Annual report of lunatic asylums [Bombay] - 1912-1922
Year: 1912
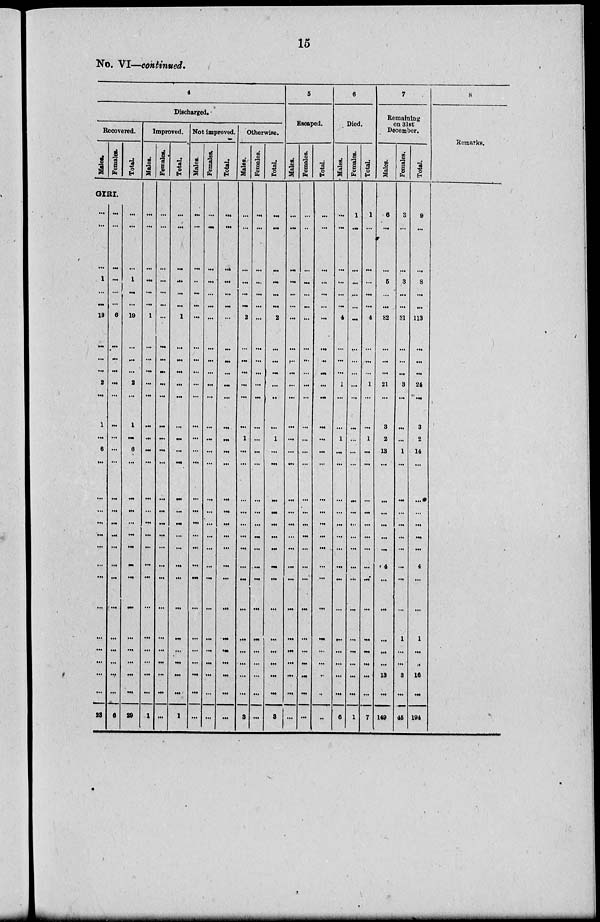
15
No. VI—continued.
4
Discharged.
Recovered.
Males.
Females.
Total.
GIRI.
...
...
...
1
...
...
13
...
...
...
2
...
1
...
6
...
...
...
...
...
...
...
...
...
...
...
...
...
...
23
...
...
...
. ..
...
...
6
...
...
...
...
...
...
...
...
...
...
...
...
...
. ..
...
...
. ..
...
...
...
...
6
...
...
1
...
...
19
...
...
...
2
1
...
6
...
...
...
...
...
...
...
...
...
...
...
...
...
...
29
Improved.
Males.
...
...
...
...
...
...
1
...
...
...
...
...
...
..
...
...
. ..
...
. ..
...
...
...
. ..
...
...
. ..
...
. ..
...
1
Females.
...
...
...
...
...
...
...
...
...
...
...
...
...
...
...
...
...
...
...
...
...
...
...
...
...
...
...
...
. ..
Total.
...
...
...
...
...
...
1
...
...
...
...
...
...
...
...
...
...
...
...
...
...
...
...
. ..
...
...
...
...
...
1
Not improved.
Males.
...
...
...
..
...
...
...
...
...
...
...
...
...
...
...
...
...
...
...
...
...
...
...
...
...
...
...
...
...
Females.
...
...
...
...
...
...
...
...
...
...
...
...
...
...
...
...
...
...
...
...
...
...
...
...
...
. ..
...
...
Total.
...
...
...
...
...
...
...
...
...
...
...
...
...
...
...
...
...
...
...
...
...
. ..
...
...
...
...
...
...
...
...
Otherwise.
Males.
...
...
...
...
...
2
...
...
...
...
...
...
1
...
...
...
...
...
...
...
...
...
...
. ..
...
...
...
...
3
Females.
...
...
...
. ..
. ..
. ..
...
...
...
...
. ..
...
...
...
...
...
...
...
...
...
...
....
...
...
...
...
...
...
...
...
Total.
...
...
...
...
...
...
2
...
...
...
...
..
...
1
...
...
...
...
...
...
...
...
...
...
...
...
...
...
...
3
5
Escaped.
Males.
...
...
...
...
...
...
...
...
...
...
...
...
...
...
...
...
...
...
...
...
...
...
...
...
...
...
...
...
...
...
Females.
...
...
...
...
...
...
...
...
...
. ..
...
...
...
...
...
...
...
...
...
...
...
...
...
...
...
...
...
Total.
...
...
...
...
...
...
...
...
...
...
...
...
...
...
...
...
...
...
...
...
...
...
...
...
...
...
...
...
...
...
6
Died.
Males.
...
...
. ..
...
...
...
4
...
. ..
. ..
1
. ..
. ..
1
...
...
...
...
...
...
...
...
...
...
...
...
...
...
...
6
Females.
1
...
. ..
...
...
...
...
. ..
...
...
...
. ..
...
...
...
...
...
...
...
...
...
...
...
...
...
...
...
...
...
1
Total.
1
...
....
...
...
...
4
...
...
...
1
...
. ..
1
...
...
...
...
...
. ..
. ..
...
...
...
...
...
...
...
...
7
7
Remaining
on 31st
December.
Males.
6
...
...
5
...
...
82
...
. ..
...
21
...
3
2
13
. ..
...
...
...
...
...
4
...
...
...
...
...
13
...
149
Females.
3
...
...
3
...
. ..
31
. ..
...
...
3
...
...
...
1
...
...
...
...
...
...
...
...
...
1
...
...
3
...
45
Total.
9
...
. ..
8
...
...
113
...
...
...
24
...
3
2
14
...
...
...
...
...
...
4
...
...
1
...
...
16
...
194
8
Remarks.